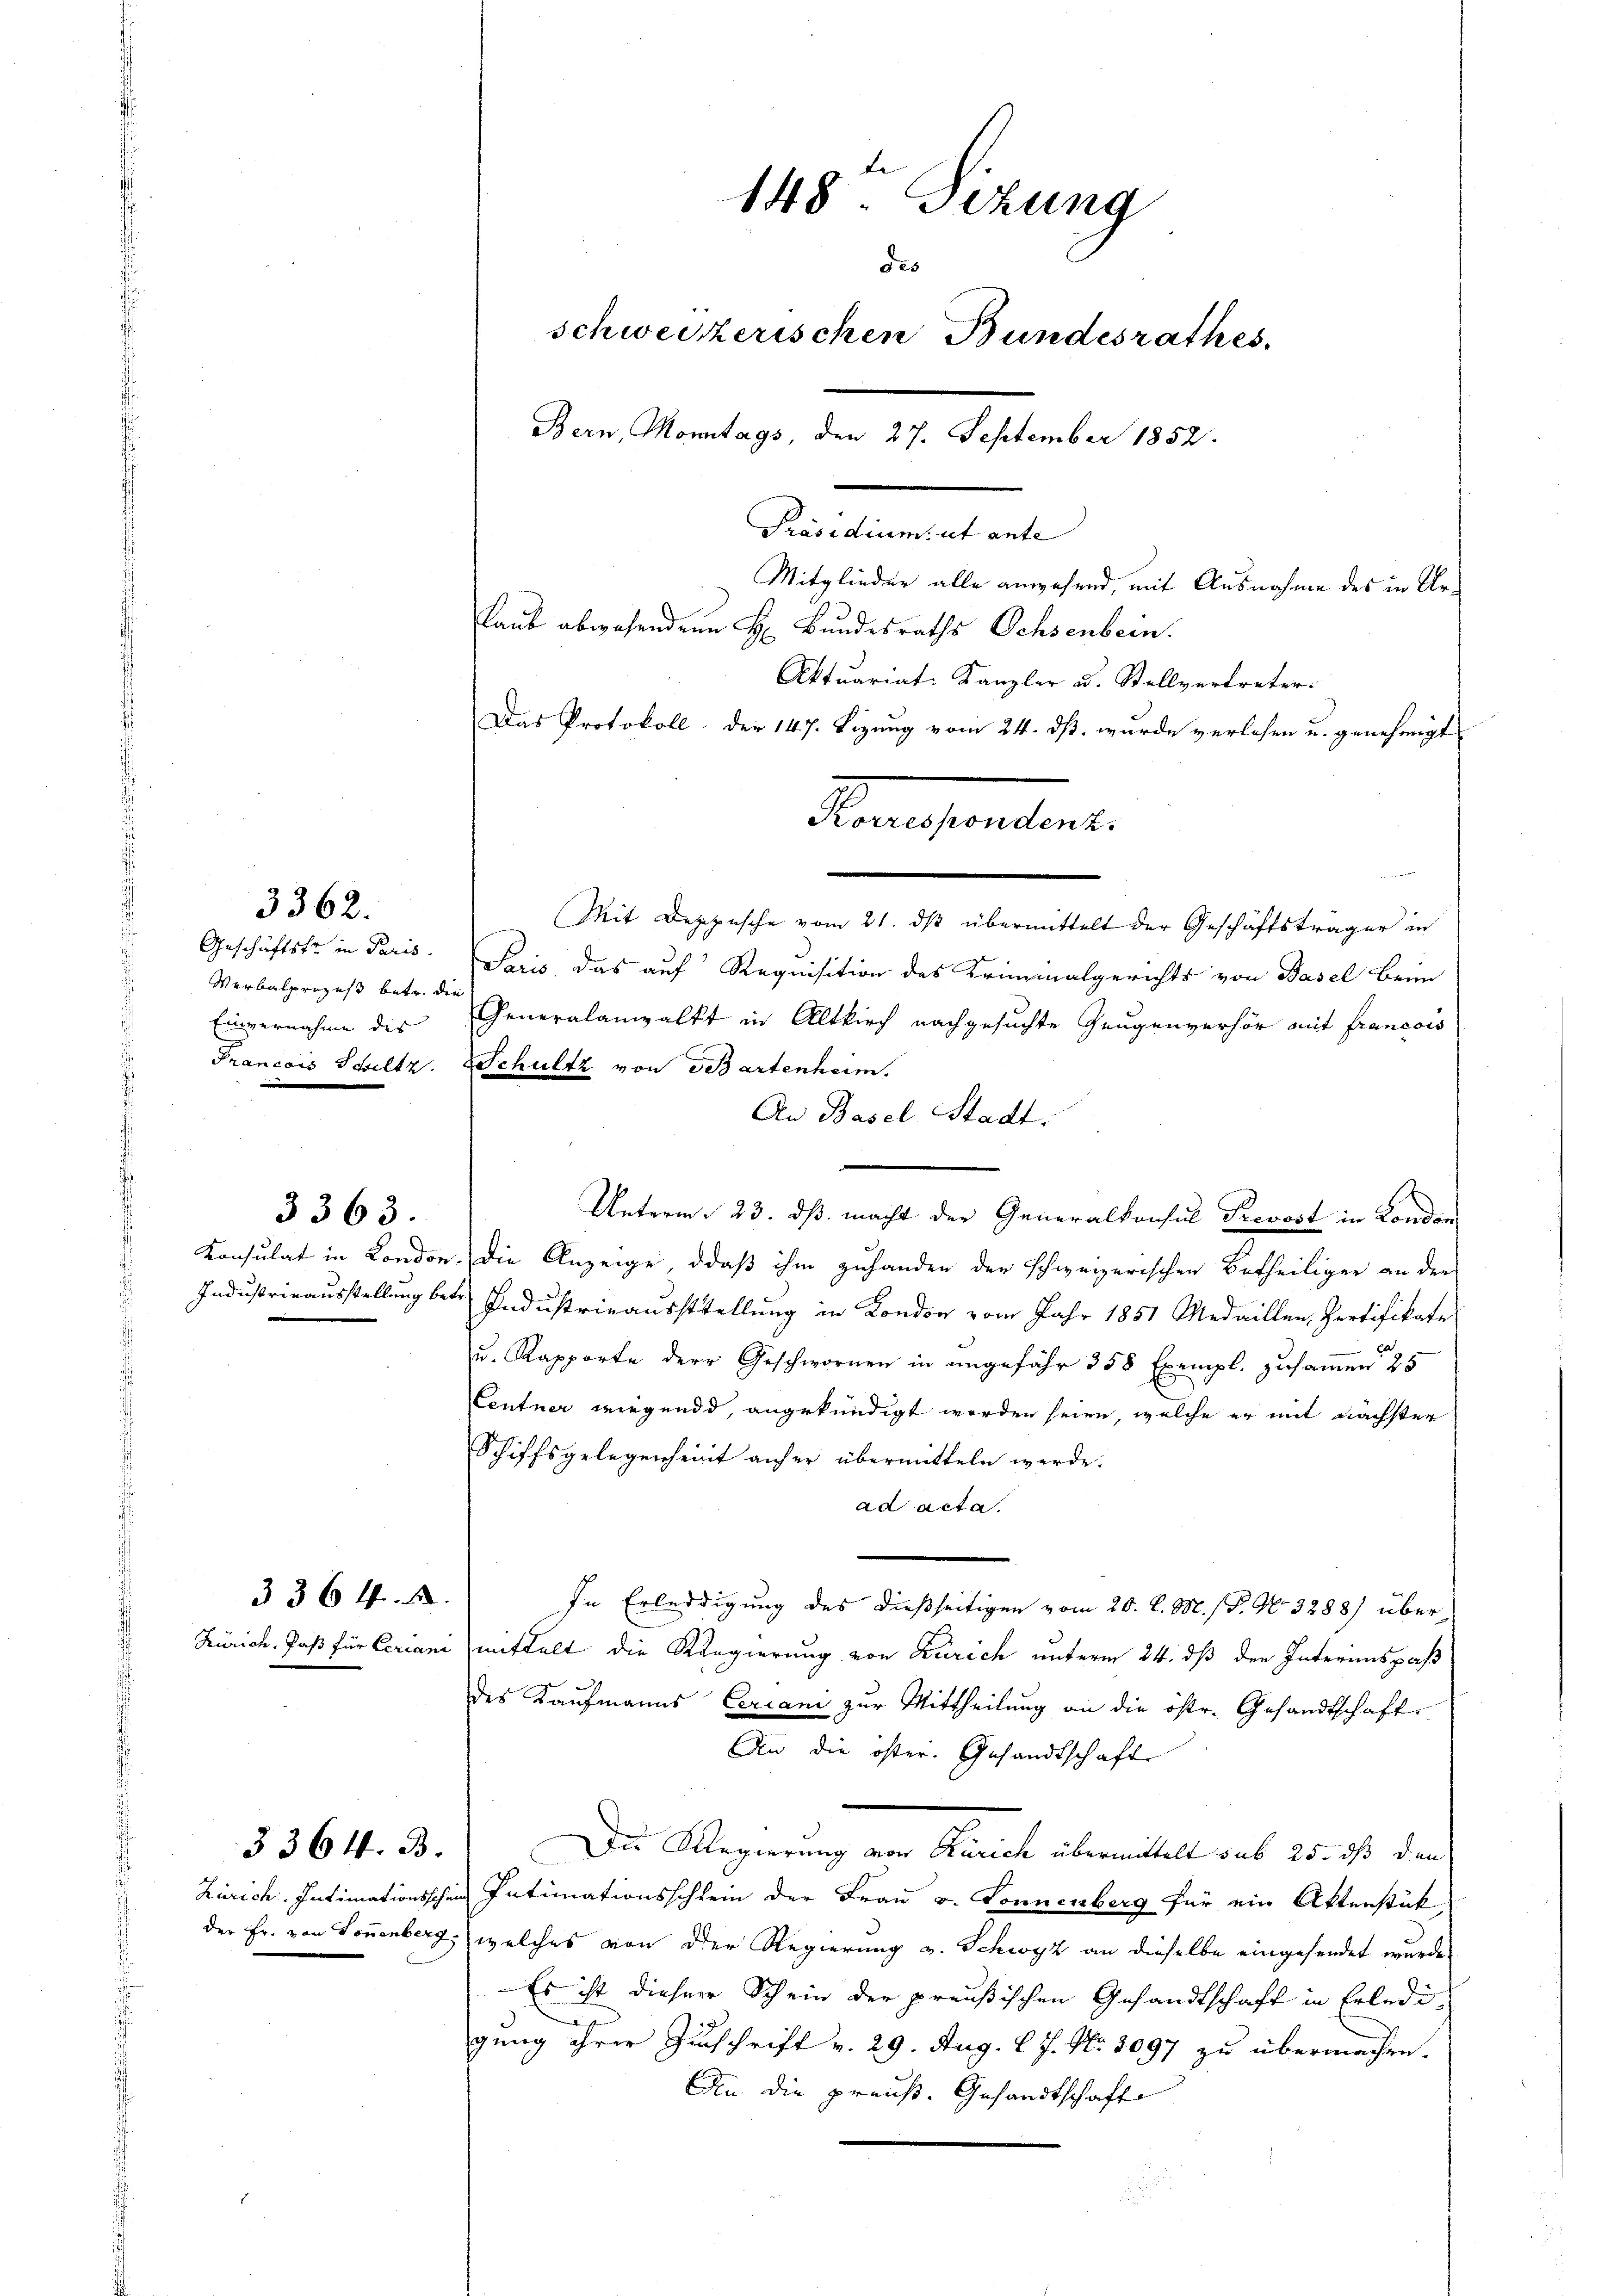
Verbalprozeß betr. die
Einvernahme des

3362.

Aktuariat-Kanzler u. Stellvertreter.
Das Protokoll der 147. Sizung vom 24. ds. wurde verlesen u. genehmigt
Mit Deppische vom 21. ds übermittelt der Geschäftsträger in
Geschäftstr in Paris. Paris, das auf Requisition des Kriminalgerichts von Basel beim
Generalanwalkt in Altkirch nachgesuchte Zeugenverhör mit francois
Prancois Schiltz. Schultz von Bartenheim.
An Basel Stadt.
Unterm 23. dβ macht der Generalkonsul Prevost in London,
Konsulat in London. Die Anzeige, daß ihm zuhanden der schweizerischen Betheiliger an der
Industrieausstellung betr. Industrieausstellung in Kondon vom Jahr 1851 Medaillen, Pertifikate
Eb
u. Rapporte der Geschwornen in angefähr 358 Exempl. zusammen 25
Centner wiegend, angekündigt worden seien, welche er mit nächster
Schiffsgelegenheit anher übermitteln werde.
ad acta.
In Erledigung des dießseitigen vom 20. d. M. s P. No. 3288) über¬
Zürich, Paß für Ceriani mittelt die Regierung von Zürich unterm 24. dß den Interimspaß
des Kaufmanns Ceriani zur Mittheilung an die östr. Gesandtschaft
An die öster. Gesandtschaft
Die Regierung von Zürich übermittelt sub 25. dß den
Zürich. Intimationsschen Intimationsschlein der Frau v. Sonnenberg für ein Aktenstück
der Fr. von Sonnenberg, welches von der Regierung v. Schwyz an dieselbe eingesendet wurde,
Es ist dieser Schein der preußischen Gesandtschaft in Erledigung ihrer Zuschrift v. 29. Aug. l. J. No. 2097 zu übermachen.
An die preuß. Gesandtschafte

3363.

3364 f.

3364. B.

148 Sizung
des
schweizerischen Bundesrathes
Bern, Monntags, den 27. September 1852.
Präsidium, ut ante
Mitglieder alle anwesend, mit Ausnahme des in Urlaub abwesenden H. Bundesraths Ochsenbein.

Konsendent.